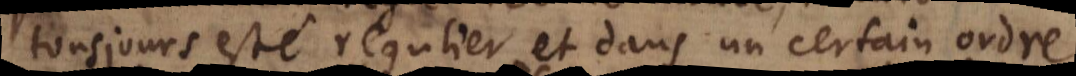
tousjours esté regulier et dans un certain ordre